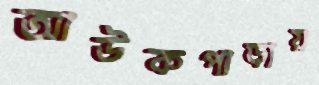
আউকপাড়ায়